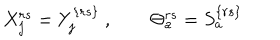
LaTeX: X _ { j } ^ { r s } = Y _ { j } ^ { \{ r s \} } \ , \qquad \Theta _ { a } ^ { r s } = S _ { a } ^ { \{ r s \} }